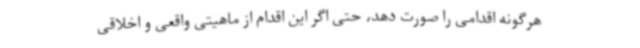
هرگونه اقدامی را صورت دهد، حتی اگر این اقدام از ماهیتی واقعی و اخلاقی